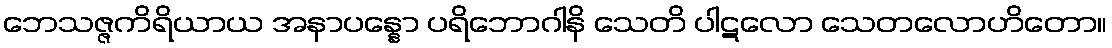
ဘေသဇ္ဇကိရိယာယ အနာပန္နော ပရိဘောဂါနိ သေတိ ပါဋလော သေတလောဟိတော။